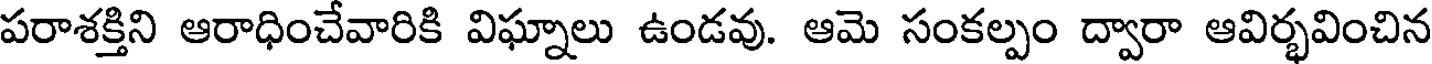
పరాశక్తిని ఆరాధించేవారికి విఘ్నాలు ఉండవు. ఆమె సంకల్పం ద్వారా ఆవిర్భవించిన